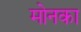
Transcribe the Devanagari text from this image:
मोनका